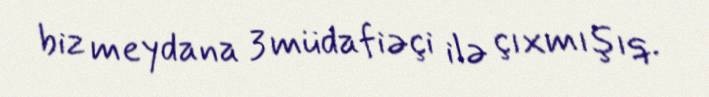
biz meydana 3 müdafiəçi ilə çıxmışıq.